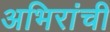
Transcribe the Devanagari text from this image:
अभिरांची